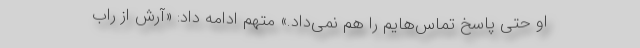
او حتی پاسخ تماس‌هایم را هم نمی‌داد.» متهم ادامه داد: «آرش از راب